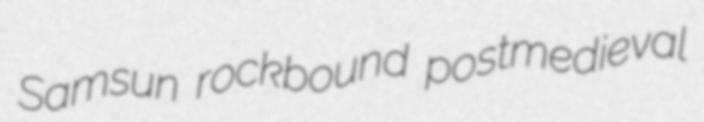
Samsun rockbound postmedieval